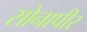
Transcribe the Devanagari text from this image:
सोनापीर